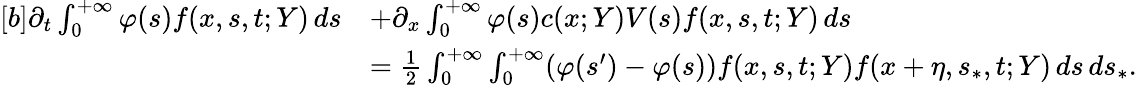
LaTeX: \begin{array}{r}{\begin{array}{rl}{[b]\partial_{t}\int_{0}^{+\infty}\varphi(s)f(x,s,t;Y)\, ds}&{+\partial_{x}\int_{0}^{+\infty}\varphi(s)c(x;Y)V(s)f(x,s,t;Y)\, ds}\\ &{=\frac{1}{2}\int_{0}^{+\infty}\int_{0}^{+\infty}(\varphi(s^{\prime})-\varphi(s))f(x,s,t;Y)f(x+\eta,s_{\ast},t;Y)\, ds\, ds_{\ast}.}\end{array}}\end{array}